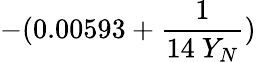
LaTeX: -(0.00593+\frac{1}{14\ Y_{N}})